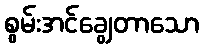
စွမ်းအင်ချွေတာသော